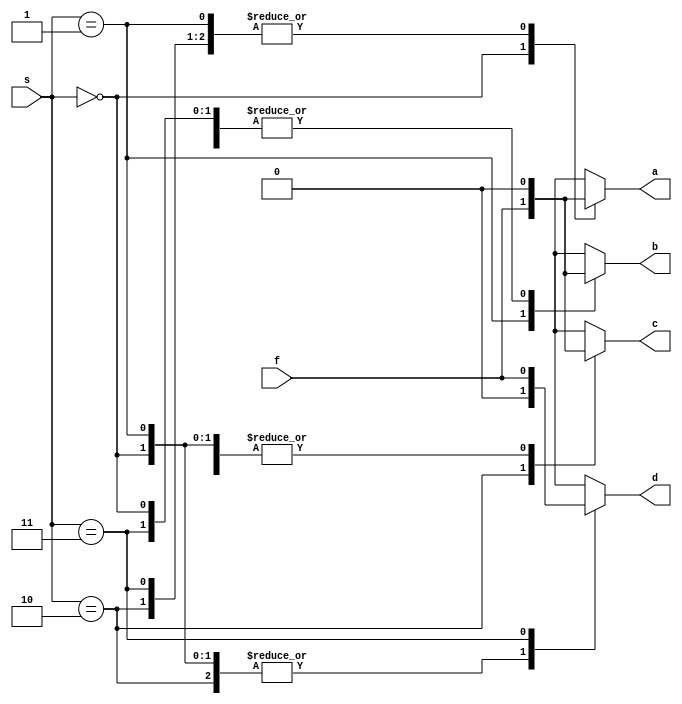
`timescale 1ns / 1ps
// Shahria Abeed

// Write the Verilog Module that describes the 1?4 Demultiplexer schematic using
// the always construct. Control bits sel[1:0] and the line f are inputs. a,b,c,d are the
// 4 outputs.


module demultiplexer(
    input f, 
    input [1:0] s,
    output reg a, b, c, d 
    ); 
    
    always @(f, s) begin
        case (s) 
            2'b00: begin
                a <= f;
                b <= 0;
                c <= 0;
                d <= 0;
            end
            
            2'b01:begin
                a <= 0;
                b <= f;
                c <= 0;
                d <= 0;
            end
            
            2'b10:begin
                a <= 0;
                b <= 0;
                c <= f;
                d <= 0;
            end
            
            2'b11:begin
                a <= 0;
                b <= 0;
                c <= 0;
                d <= f;
            end
        endcase  
    end
endmodule